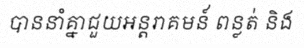
បាននាំគ្នាជួយអន្តរាគមន៍ ពន្លត់ និង